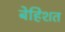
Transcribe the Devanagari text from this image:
बेहिशत